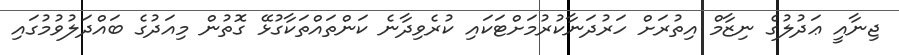
ޖިނާއީ ޢަދުލުގެ ނިޒާމް އިތުރަށް ހަރުދަނާކުރުމަށްޓަކައި ކުރެވިދާނެ ކަންތައްތަކާގުޅޭ ގޮތުން މިއަދުގެ ބައްދަލުވުމުގައި